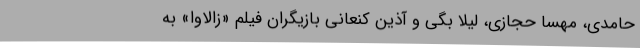
حامدی، مهسا حجازی، لیلا بگی و آذین کنعانی بازیگران فیلم «زالاوا» به